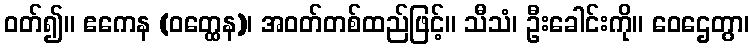
ဝတ်၍။ ဧကေန (ဝတ္ထေန)၊ အဝတ်တစ်ထည်ဖြင့်။ သီသံ၊ ဦးခေါင်းကို။ ဝေဌေတွာ၊